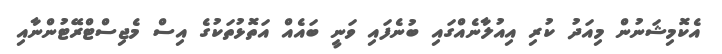
އެކޮމިޝަނުން މިއަދު ކުރި އިއުލާނެއްގައި ބުނެފައި ވަނީ ބައެއް އަތޮޅުތަކުގެ އިސް މެޖިސްޓްރޭޓުންނާއި